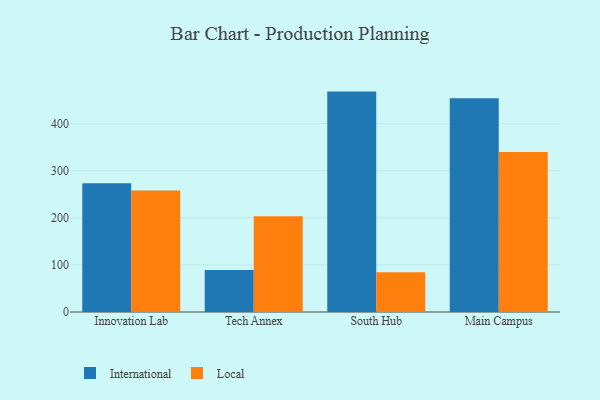
{"axis": {"x": "Campus", "y": "Customer Acquisition Cost (USD)"}, "legend": ["International", "Local"], "data": [{"x": "Innovation Lab", "y": 273.6, "type": "International"}, {"x": "Innovation Lab", "y": 257.9, "type": "Local"}, {"x": "Tech Annex", "y": 89.1, "type": "International"}, {"x": "Tech Annex", "y": 203.6, "type": "Local"}, {"x": "South Hub", "y": 468.1, "type": "International"}, {"x": "South Hub", "y": 84.5, "type": "Local"}, {"x": "Main Campus", "y": 454.0, "type": "International"}, {"x": "Main Campus", "y": 339.6, "type": "Local"}]}